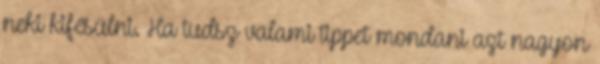
neki kifésülni. Ha tudsz valami tippet mondani azt nagyon